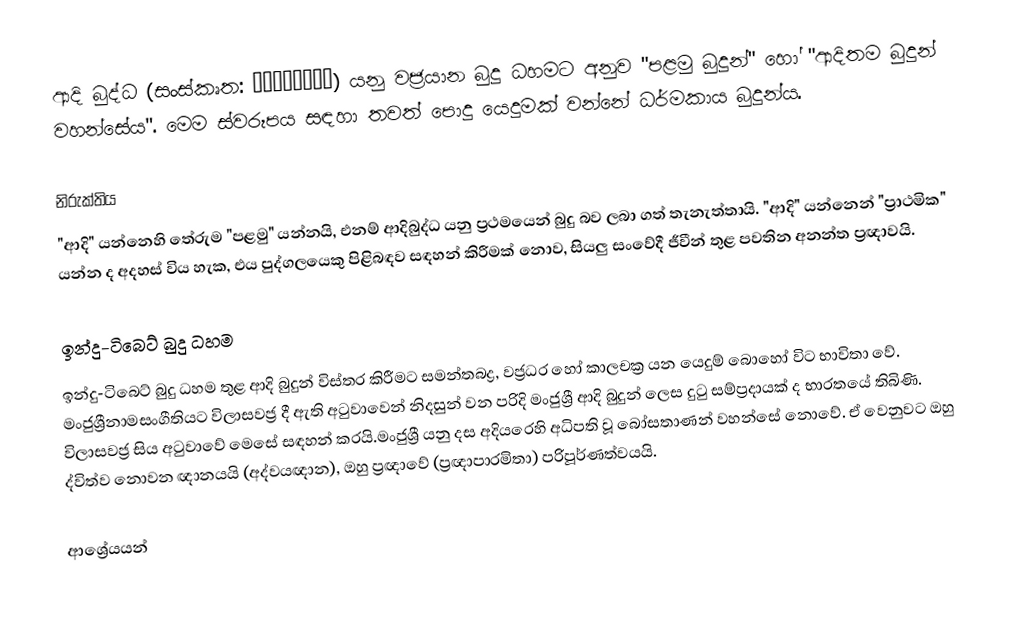
ආදි බුද්ධ (සංස්කෘත: आदिबुद्ध) යනු වජ්‍රයාන බුදු ධහමට අනුව "පළමු බුදුන්" හෝ "ආදිතම බුදුන් වහන්සේය". මෙම ස්වරූපය සඳහා තවත් පොදු යෙදුමක් වන්නේ ධර්මකාය බුදුන්ය.

නිරුක්තිය
"ආදි" යන්නෙහි තේරුම "පළමු" යන්නයි, එනම් ආදිබුද්ධ යනු ප්‍රථමයෙන් බුදු බව ලබා ගත් තැනැත්තායි. "ආදි" යන්නෙන් "ප්‍රාථමික" යන්න ද අදහස් විය හැක, එය පුද්ගලයෙකු පිළිබඳව සඳහන් කිරීමක් නොව, සියලු සංවේදී ජීවීන් තුළ පවතින අනන්ත ප්‍රඥාවයි.

ඉන්දු-ටිබෙට් බුදු ධහම
ඉන්දු-ටිබෙට් බුදු ධහම තුළ ආදි බුදුන් විස්තර කිරීමට සමන්තබද්‍ර, වජ්‍රධර හෝ කාලචක්‍ර යන යෙදුම් බොහෝ විට භාවිතා වේ. මංජුශ්‍රීනාමසංගීතියට විලාසවජ්‍ර දී ඇති අටුවාවෙන් නිදසුන් වන පරිදි මංජුශ්‍රී ආදි බුදුන් ලෙස දුටු සම්ප්‍රදායක් ද භාරතයේ තිබිණි. විලාසවජ්‍ර සිය අටුවාවේ මෙසේ සඳහන් කරයි.මංජුශ්‍රී යනු දස අදියරෙහි අධිපති වූ බෝසතාණන් වහන්සේ නොවේ. ඒ වෙනුවට ඔහු ද්විත්ව නොවන ඥානයයි (අද්වයඥාන), ඔහු ප්‍රඥාවේ (ප්‍රඥාපාරමිතා) පරිපූර්ණත්වයයි.

ආශ්‍රේයයන්